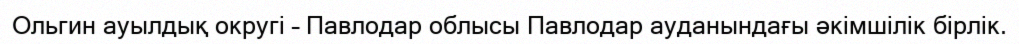
Ольгин ауылдық округі – Павлодар облысы Павлодар ауданындағы әкімшілік бірлік.